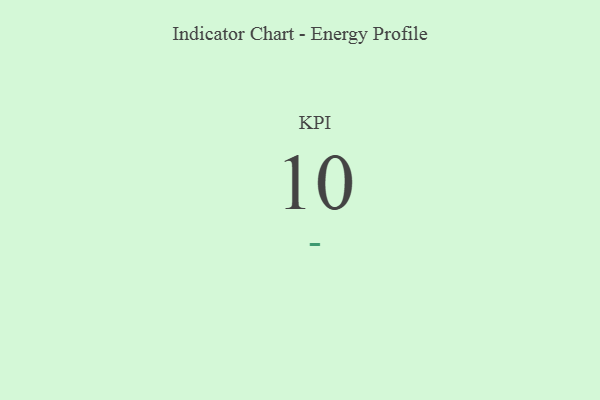
{"axis": {"x": "KPI", "y": "Value"}, "legend": [""], "data": [{"x": "KPI", "y": 10, "type": ""}]}